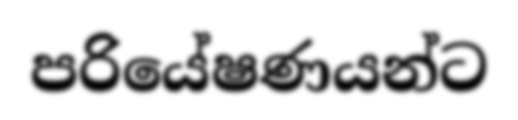
පරියේෂණයන්ට